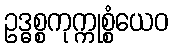
ဥဒ္ဓစ္စကုက္ကုစ္စံယေဝ